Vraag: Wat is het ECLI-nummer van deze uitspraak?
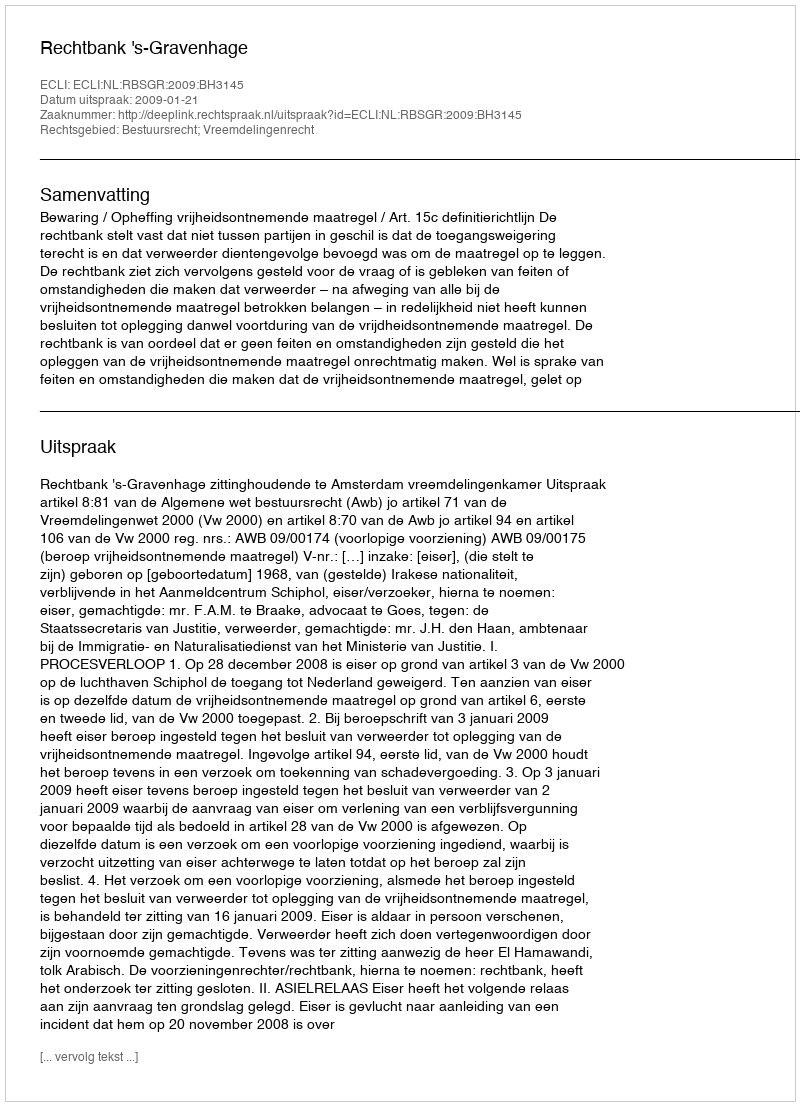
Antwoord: ECLI:NL:RBSGR:2009:BH3145